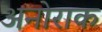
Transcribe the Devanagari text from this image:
अनोराक